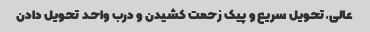
عالی,تحویل سریع و پیک زحمت کشیدن و درب واحد تحویل دادن